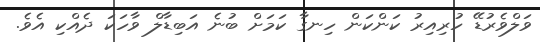
ވަލްވެރުޑޭ ހުރިއިރު ކަންކަން ހިނގާ ކަމަށް ބުނެ އަބިޑާލް ވާހަކަ ދެއްކި އެވެ.